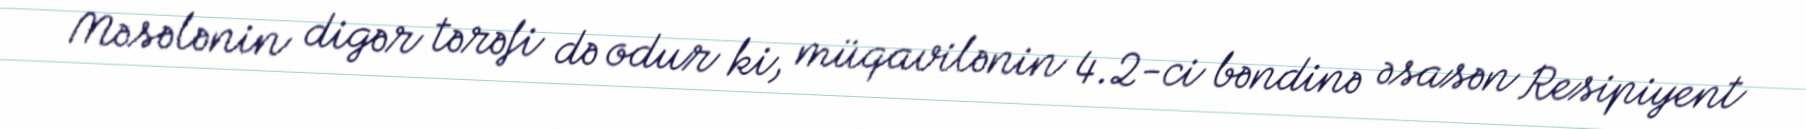
Məsələnin digər tərəfi də odur ki, müqavilənin 4.2-ci bəndinə əsasən Resipiyent